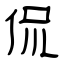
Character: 侃